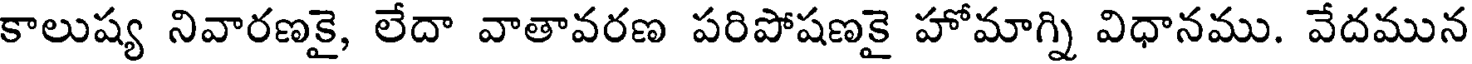
కాలుష్య నివారణకై, లేదా వాతావరణ పరిపోషణకై హోమాగ్ని విధానము. వేదమున